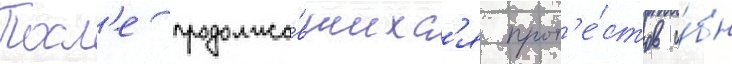
Посл'е продолжа́вшихс'я прот'е́стов и́бн